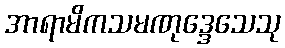
အာရာမိကသမဏုဒ္ဒေသေသု